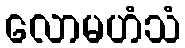
လောမဟံသံ